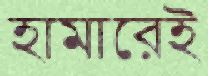
হামারেই